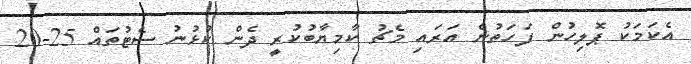
އެކަމަކު ޕޮލިހުން ފަހަތުން އަރައި މެޗު ކާމިޔާބުކުރީ ދެން ކުޅުނު ސެޓުތައް 25-20